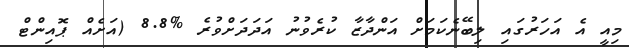
މިއީ އެ އަހަރުގައި ލިބޭނެކަމަށް އަންދާޒާ ކުރެވުނު އަދަދަށްވުރެ %8.8 (އަށެއް ޕޮއިންޓް